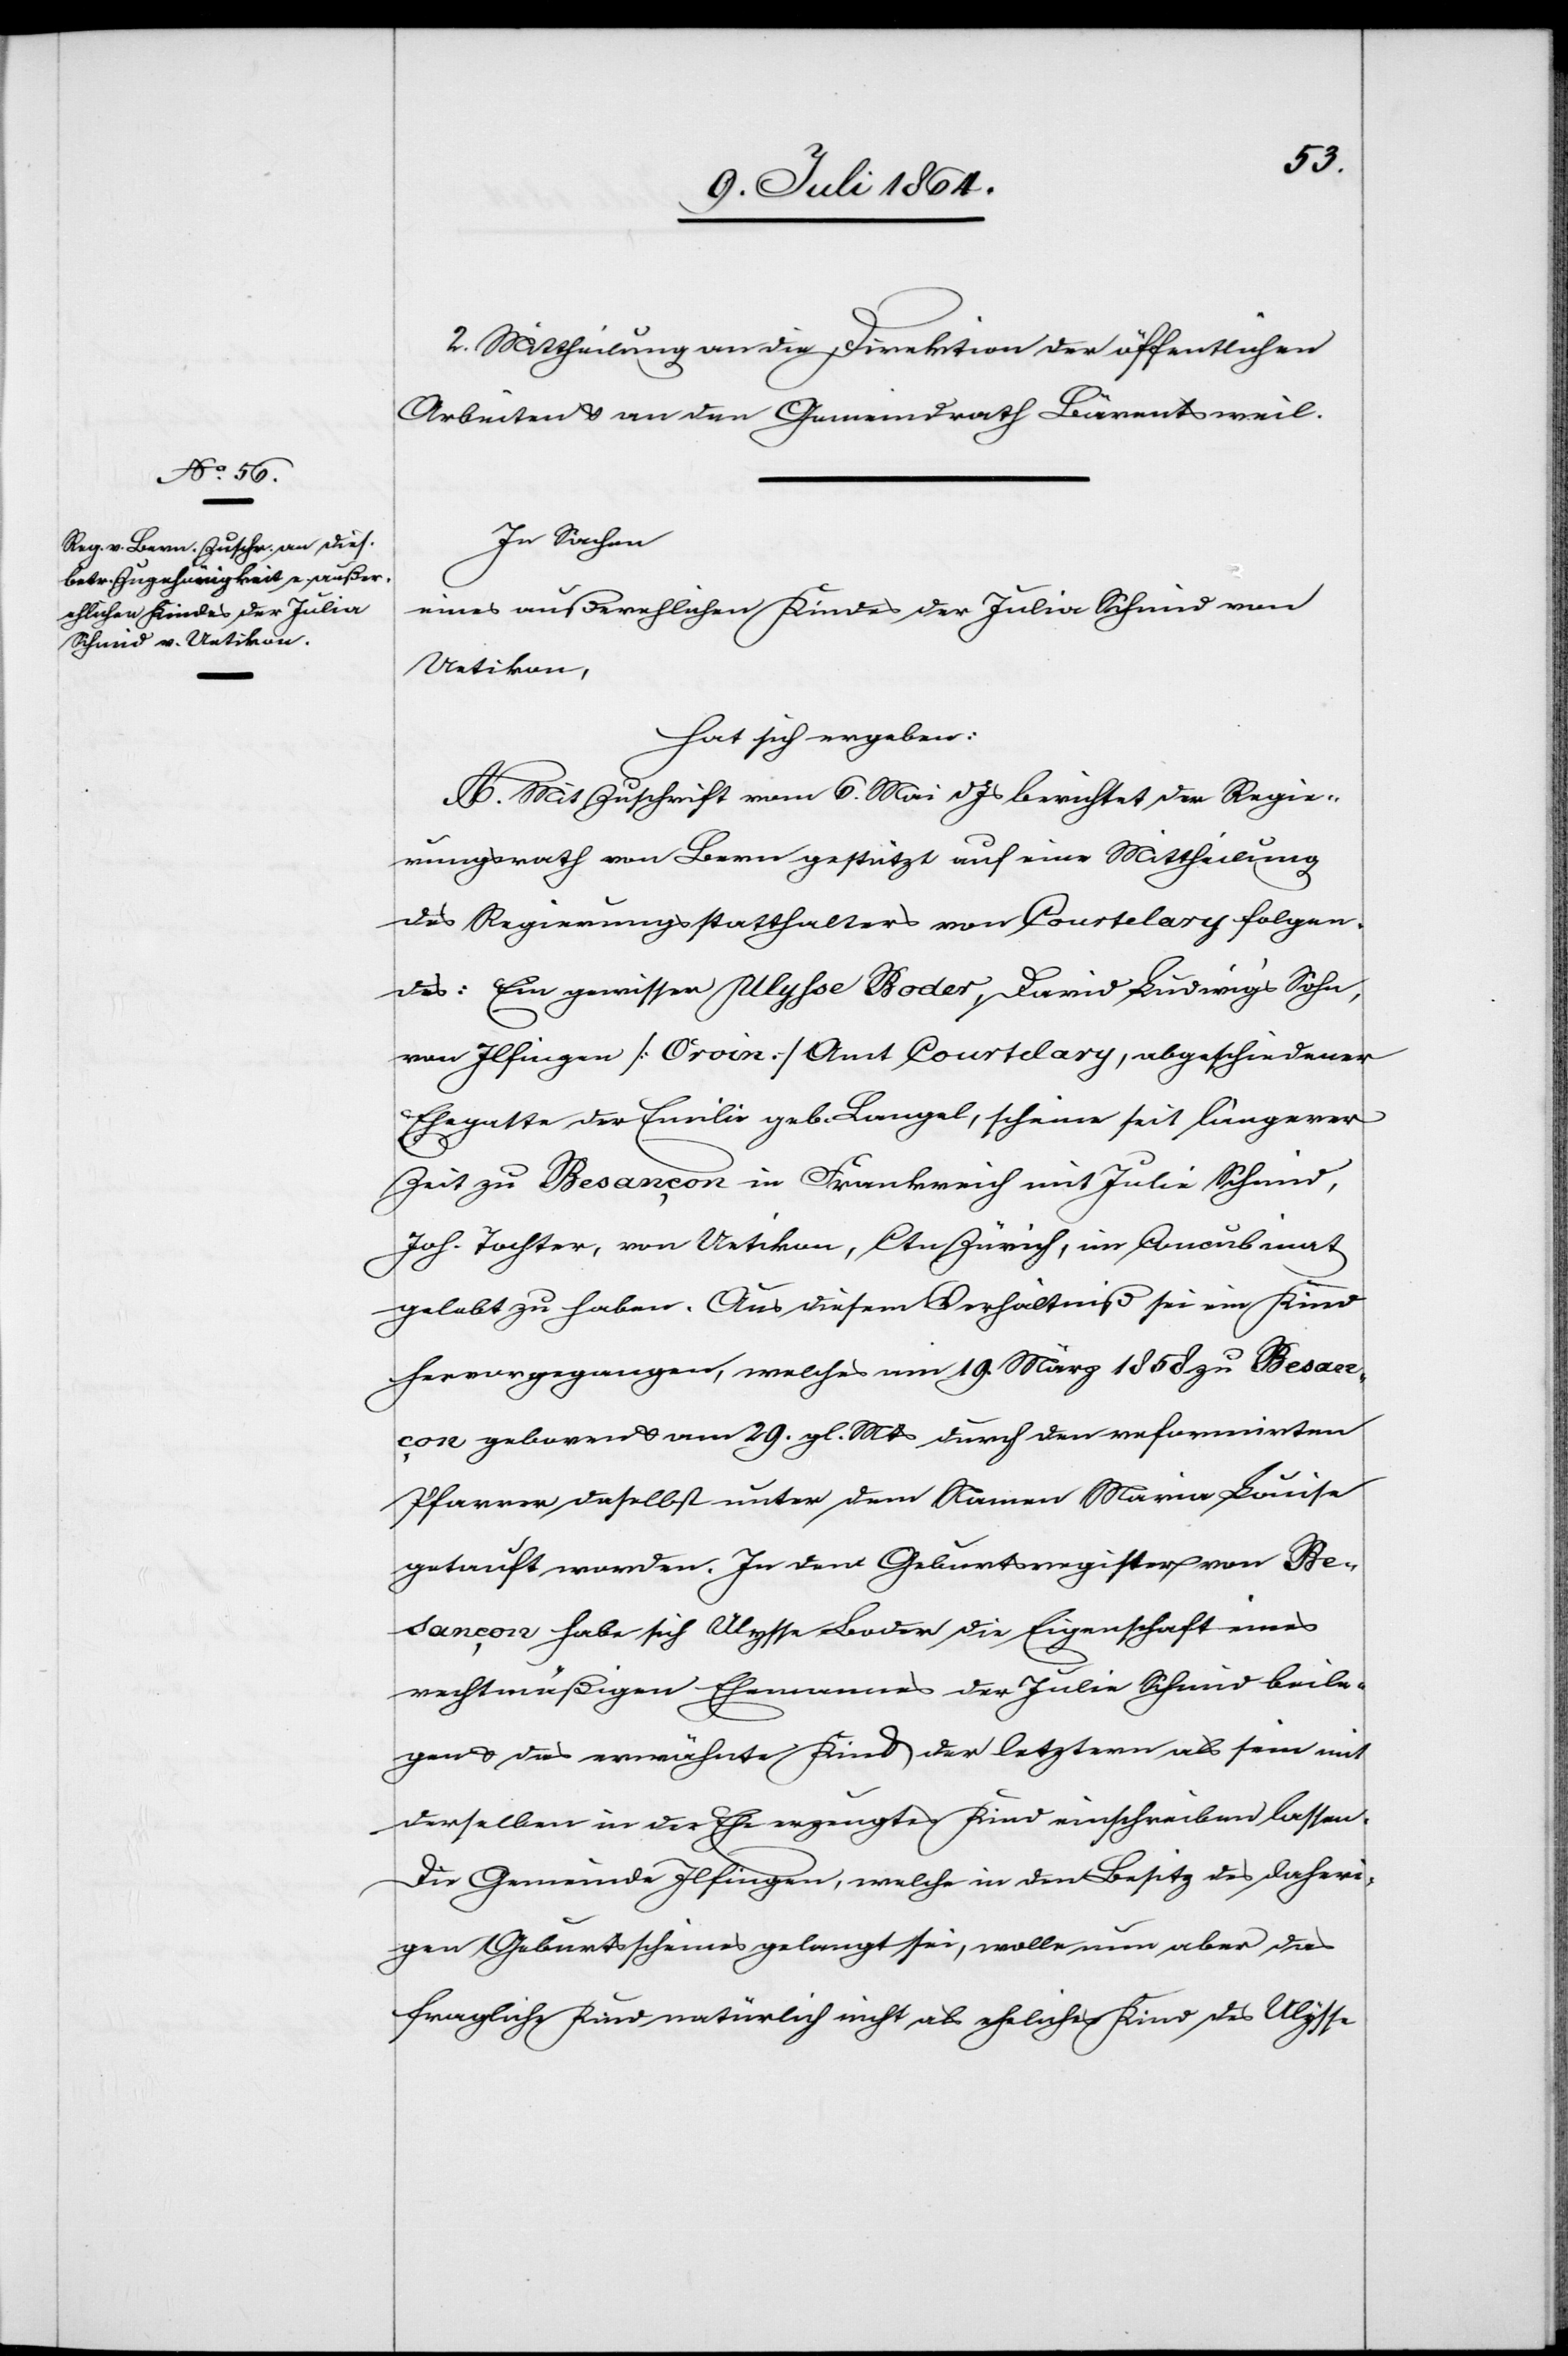
2. Mittheilung an die Direktion der öffentlichen
Arbeiten u. an den Gemeindrath Bärentsweil.
In Sachen
eines außerehelichen Kindes der Julia Schmid von
Uetikon,
hat sich ergeben:
A. Mit Zuschrift vom 6. Mai d. Js. berichtet der Regie¬
rungsrath von Bern gestützt auf eine Mittheilung
des Regierungsstatthalters von Courtelary folgen¬
des: Ein gewisser Ulysse Boder, David Ludwig’s Sohn,
von Ilfingen [Orvin] Amt Courtelary, abgeschiedener
Ehegatte der Emilie geb. Bangel, scheine seit längerer
Zeit zu Besançon in Frankreich mit Julie [sic!]
Joh. Tochter, von Uetikon, Ctn Zürich, im Concubinat
gelebt zu haben. Aus diesem Verhältniß sei ein Kind
hervorgegangen, welches am 19. März 1858 zu Besanç¬
on geboren u. am 29. gl. Mts. durch den reformirten
Pfarrer daselbst unter dem Namen Maria Louise
getauft worden. In dem Geburtsregister von Be¬
sançon habe sich Ulysse Boder die Eigenschaft eines
rechtmäßigen Ehemannes der Julie Schmid beile¬
gen u. dies erwähnte Kind der letztern als sein mit
derselben in der Ehe erzeugtes Kind einschreiben lassen.
Die Gemeinde Ilfingen, welche in den Besitz des daheri¬
gen Geburtsscheines gelangt sei, wolle nun aber das
fragliche Kind natürlich nicht als eheliches Kind des Ulysse